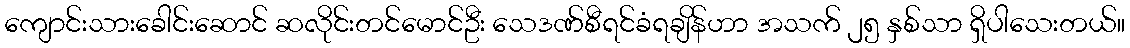
ကျောင်းသားခေါင်းဆောင် ဆလိုင်းတင်မောင်ဦး သေဒဏ်စီရင်ခံရချိန်ဟာ အသက် ၂၅ နှစ်သာ ရှိပါသေးတယ်။